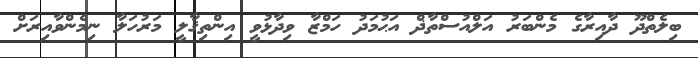
ބިލެތްދޫ ދާއިރާގެ މެންބަރު އަލްއުސްތާޛް އަޙުމަދު ހަމްޒާ ވިދާޅުވީ އިންތިޤާލީ މަރުހަލާ ނިމެންވާއިރަށް